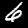
Label: 6